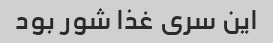
این سری غذا شور بود